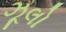
ઝૂલો